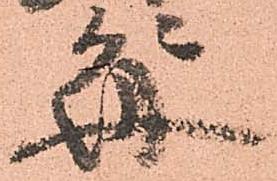
毎